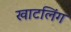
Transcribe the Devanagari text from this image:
खाटलिंग